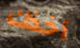
آخذك